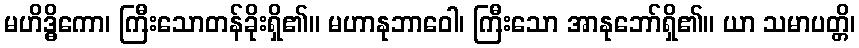
မဟိဒ္ဓိကော၊ ကြီးသောတန်ခိုးရှိ၏။ မဟာနုဘာဝေါ၊ ကြီးသော အာနုဘော်ရှိ၏။ ယာ သမာပတ္တိ၊